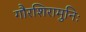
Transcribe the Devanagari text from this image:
गौरशिरामुनिः